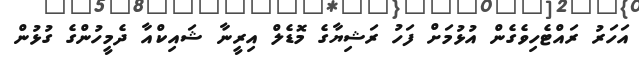
އަހަރު ރައްޓެހިވެގެން އުޅުމަށް ފަހު ރަޝިޔާގެ މޮޑެލް އިރީނާ ޝައިކްއާ ދެމީހުންގެ ގުޅުން